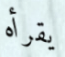
يقرأه